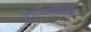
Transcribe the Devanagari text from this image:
रेजिमेंटींसह